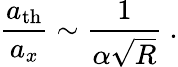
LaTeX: \frac{a_{\mathrm{th}}}{a_{x}}\sim\frac{1}{\alpha\sqrt{R}}\ .